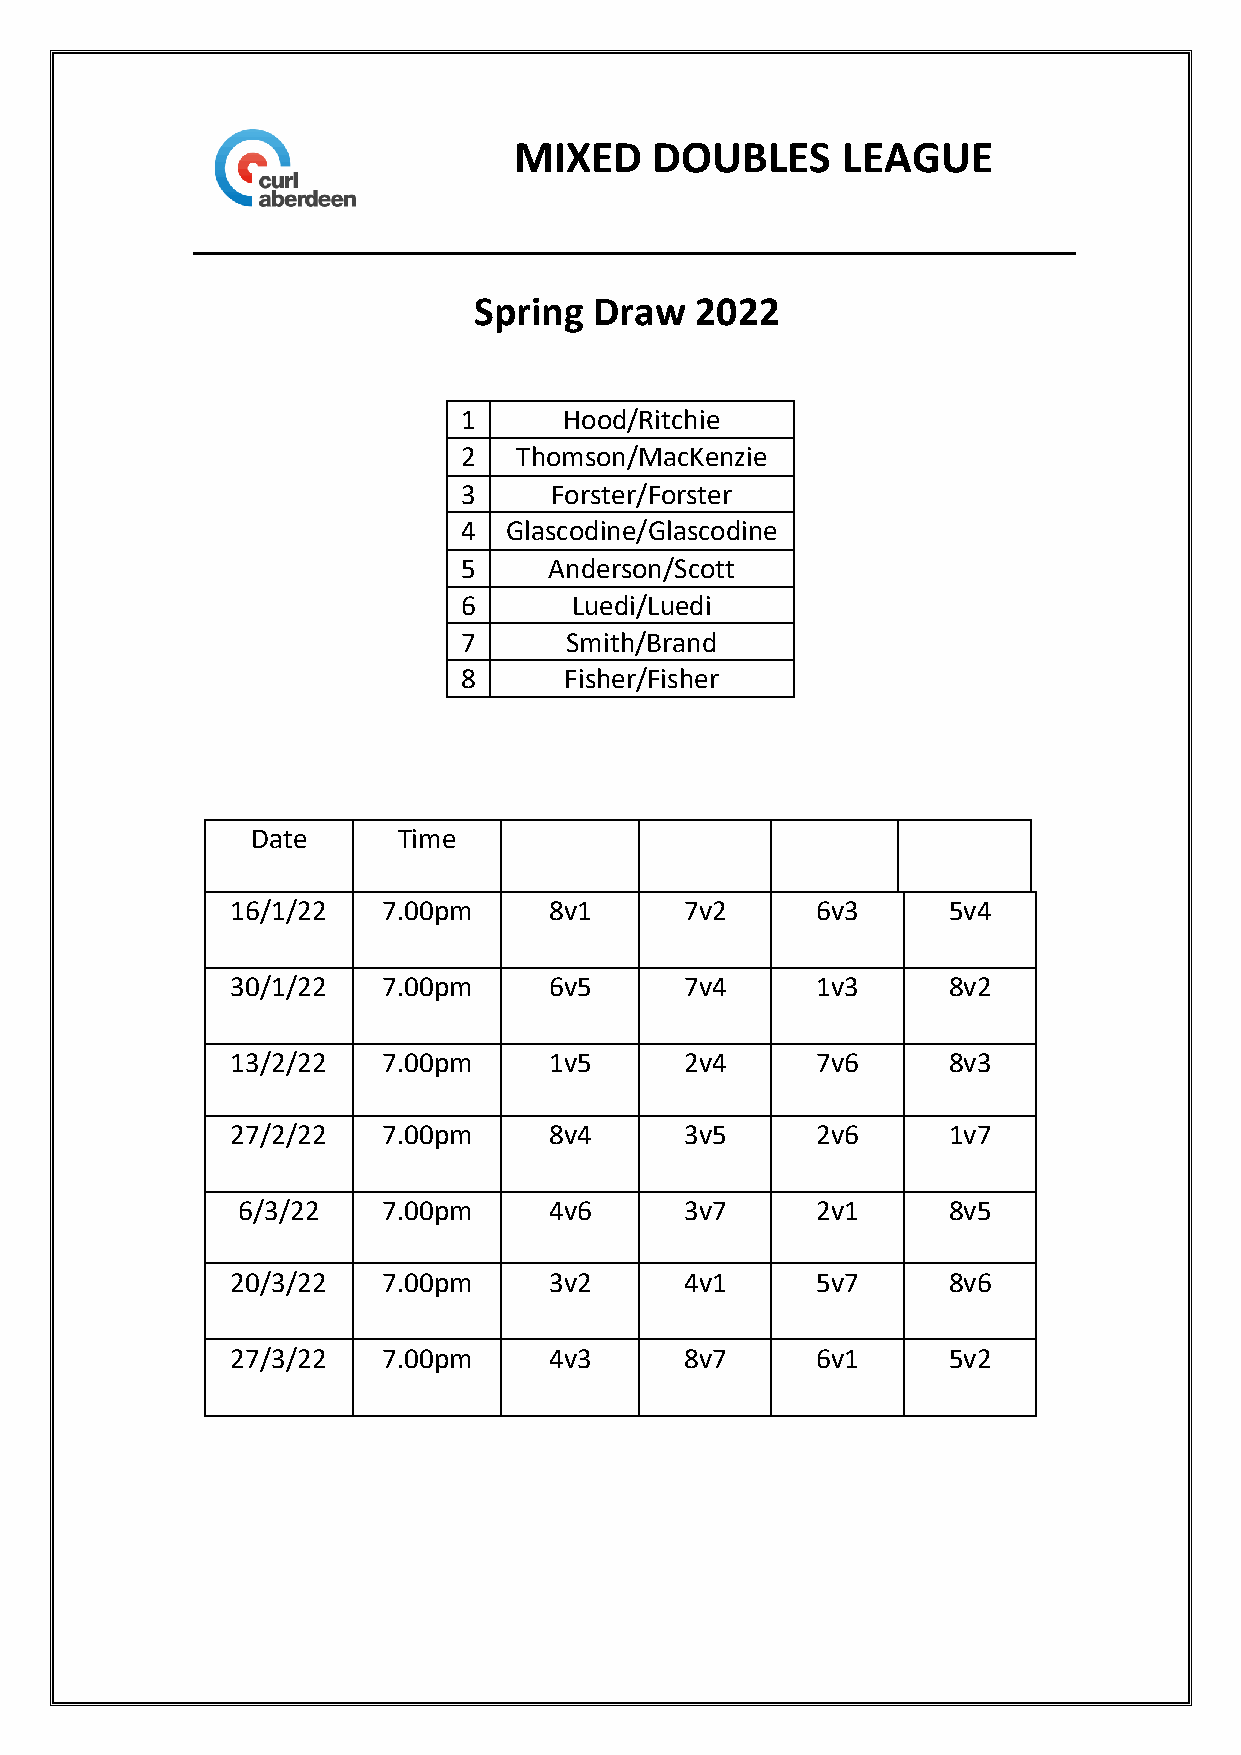
MIXED    DOUBLES      LEAGUE
 Spring  Draw   2022
 1     Hood/Ritchie
 2  Thomson/MacKenzie
 3    Forster/Forster
 4 Glascodine/Glascodine
 5    Anderson/Scott
 6      Luedi/Luedi
 7     Smith/Brand
 8     Fisher/Fisher
 Date     Time
 16/1/22   7.00pm     8v1      7v2      6v3      5v4
 30/1/22   7.00pm     6v5      7v4      1v3      8v2
 13/2/22   7.00pm     1v5      2v4      7v6      8v3
 27/2/22   7.00pm     8v4      3v5      2v6      1v7
 6/3/22   7.00pm     4v6      3v7      2v1      8v5
 20/3/22   7.00pm     3v2      4v1      5v7      8v6
 27/3/22   7.00pm     4v3      8v7      6v1      5v2